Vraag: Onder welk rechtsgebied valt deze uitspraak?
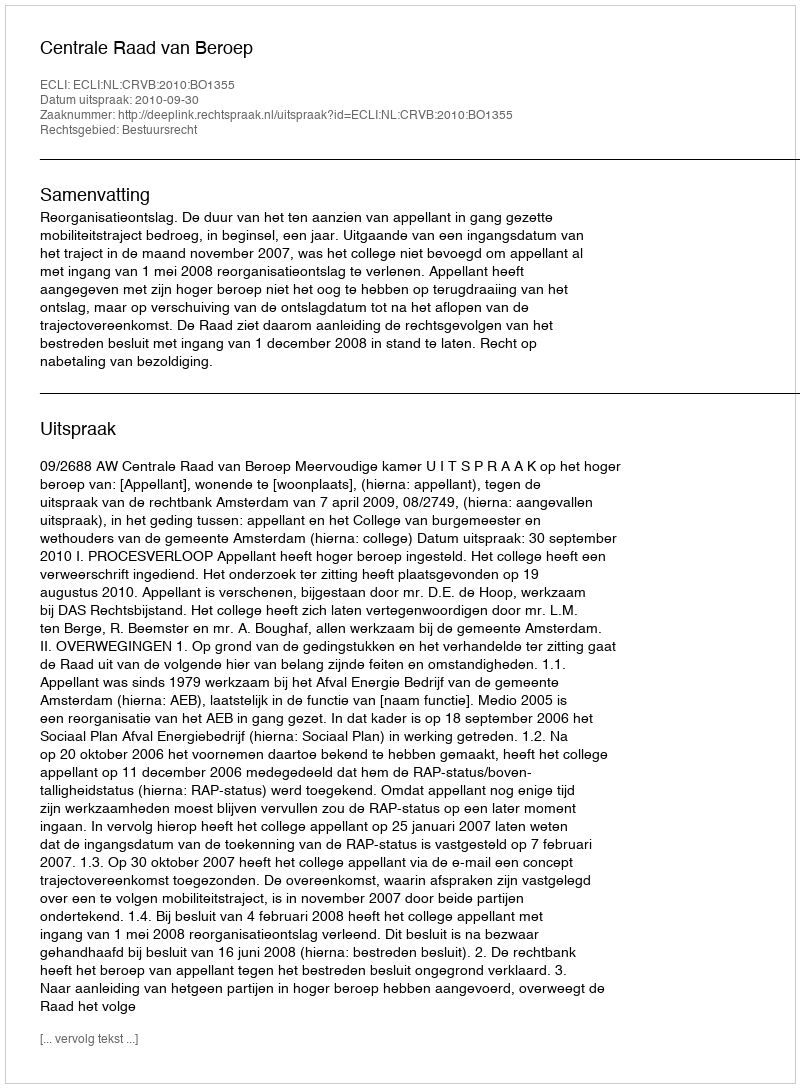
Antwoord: Bestuursrecht